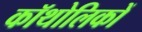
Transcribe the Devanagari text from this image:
कॉथोलिकों